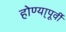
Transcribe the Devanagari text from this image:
होण्या्पूर्वी